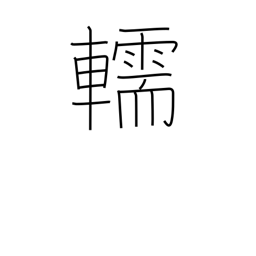
Meaning: hearse